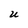
Character: U